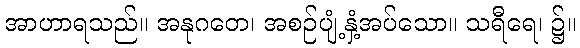
အာဟာရသည်။ အနုဂတေ၊ အစဉ်ပျံ့နှံ့အပ်သော။ သရီရေ၊ ၌။